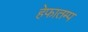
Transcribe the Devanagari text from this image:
हेफातम्प